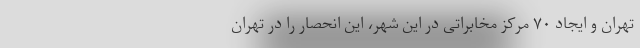
تهران و ایجاد ۷۰ مرکز مخابراتی در این شهر، این انحصار را در تهران